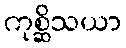
ကုစ္ဆိသယာ